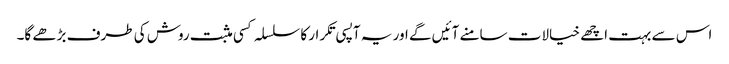
اس سے بہت اچھے خیالات سامنے آئیں گے اور یہ آپسی تکرار کا سلسلہ کسی مثبت روش کی طرف بڑھے گا۔